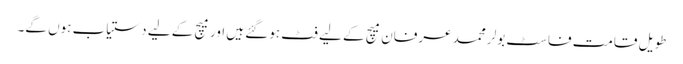
طویل قامت فاسٹ بولر محمد عرفان میچ کے لیے فٹ ہوگئے ہیں اور میچ کے لیے دستیاب ہوں گے۔